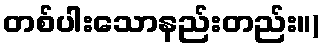
တစ်ပါးသောနည်းတည်း။)